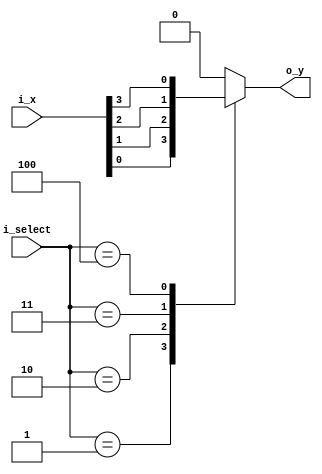
`timescale 1ns / 1ps



module Mux(
    input [4:0] i_x,
    input [2:0] i_select,
    output o_y 
    );
    reg r_y;
    assign o_y = r_y;

    always @(*) begin
        case (i_select)
            3'b000 : r_y <= 1'b0;
            3'b001 : r_y <= i_x[0];
            3'b010 : r_y <= i_x[1];
            3'b011 : r_y <= i_x[2];
            3'b100 : r_y <= i_x[3];
            default : r_y <= 1'b0;
        endcase
        
    
    end
endmodule